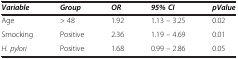
| Variable | Group | OR | 95% CI | pValue |
 | --- | --- | --- | --- | --- |
 | Age | > 48 | 1.92 | 1.13 – 3.25 | 0.02 |
 | Smocking | Positive | 2.36 | 1.19 – 4.69 | 0.01 |
 | H. pylori | Positive | 1.68 | 0.99 – 2.86 | 0.05 |